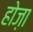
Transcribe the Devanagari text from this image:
होज़ा